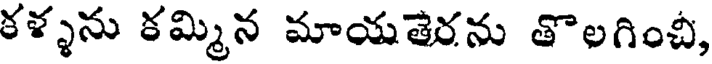
కళ్ళను కమ్మిన మాయతెరను తొలగించీ,